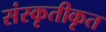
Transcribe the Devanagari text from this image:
संस्कृतीकृत